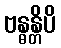
ဗန္ဓန္တိပိ